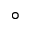
^ { \circ }